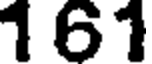
1 61